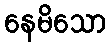
နေမိသော